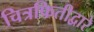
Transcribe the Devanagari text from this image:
चित्रफितीद्वारे